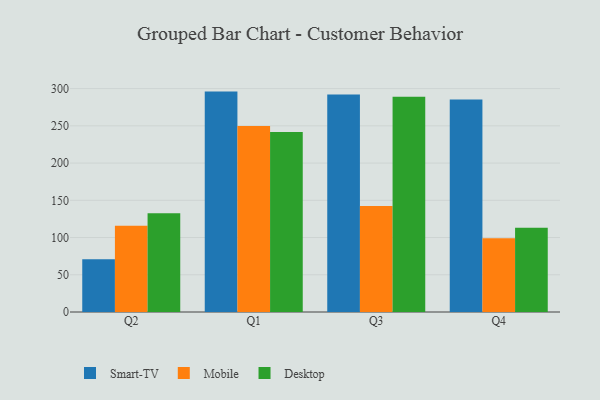
{"axis": {"x": "Quarter", "y": "Bounce Rate (%)"}, "legend": ["Desktop", "Mobile", "Smart-TV"], "data": [{"x": "Q2", "y": 70.7, "type": "Smart-TV"}, {"x": "Q2", "y": 115.7, "type": "Mobile"}, {"x": "Q2", "y": 132.6, "type": "Desktop"}, {"x": "Q1", "y": 296.0, "type": "Smart-TV"}, {"x": "Q1", "y": 249.8, "type": "Mobile"}, {"x": "Q1", "y": 241.9, "type": "Desktop"}, {"x": "Q3", "y": 292.1, "type": "Smart-TV"}, {"x": "Q3", "y": 142.5, "type": "Mobile"}, {"x": "Q3", "y": 289.0, "type": "Desktop"}, {"x": "Q4", "y": 285.3, "type": "Smart-TV"}, {"x": "Q4", "y": 99.0, "type": "Mobile"}, {"x": "Q4", "y": 113.1, "type": "Desktop"}]}